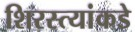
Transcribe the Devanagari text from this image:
शिरस्त्यांकडे